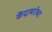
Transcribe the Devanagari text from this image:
केंद्राबरोबर